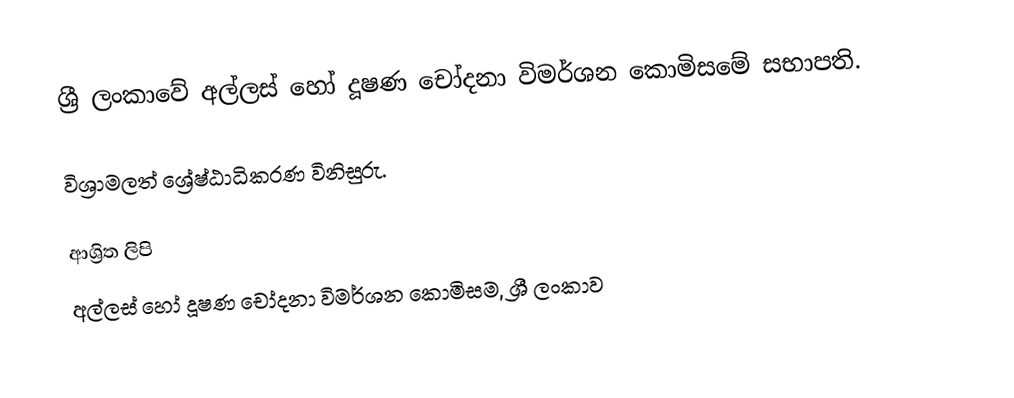
ශ්‍රී ලංකාවේ අල්ලස්‌ හෝ දූෂණ චෝදනා විමර්ශන කොමිසමේ සභාපති.

විශ්‍රාමලත් ශ්‍රේෂ්ඨාධිකරණ විනිසුරු.

ආශ්‍රිත ලිපි
 අල්ලස්‌ හෝ දූෂණ චෝදනා විමර්ශන කොමිසම, ශ්‍රී ලංකාව